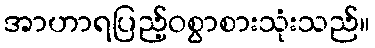
အာဟာရပြည့်ဝစွာစားသုံးသည်။